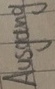
Text: Ausgang